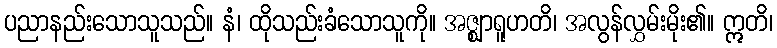
ပညာနည်းသောသူသည်။ နံ၊ ထိုသည်းခံသောသူကို။ အဇ္ဈာရူဟတိ၊ အလွန်လွှမ်းမိုး၏။ ဣတိ၊